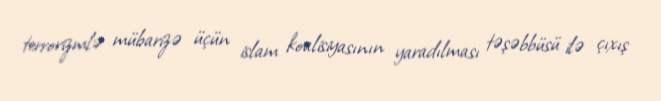
terrorizmlə mübarizə üçün islam koalisiyasının yaradılması təşəbbüsü ilə çıxış